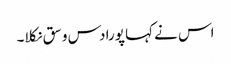
اس نے کہا پورا دس وسق نکلا۔